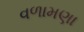
વળામણા